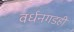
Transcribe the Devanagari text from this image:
वर्धनगडही